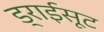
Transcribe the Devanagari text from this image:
ड्राईसूट